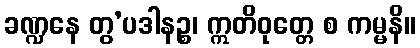
ခဏ္ဍနေ တွ’ပဒါနဉ္စ၊ ဣတိဝုတ္တေ စ ကမ္မနိ။